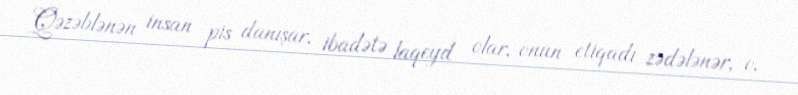
Qəzəblənən insan pis danışar, ibadətə laqeyd olar, onun etiqadı zədələnər, o,